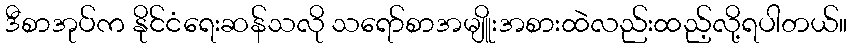
ဒီစာအုပ်က နိုင်ငံရေးဆန်သလို သရော်စာအမျိူးအစားထဲလည်းထည့်လို့ရပါတယ်။